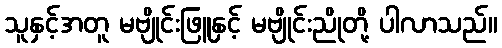
သူနှင့်အတူ မဗျိုင်းဖြူနှင့် မဗျိုင်းညိုတို့ ပါလာသည်။